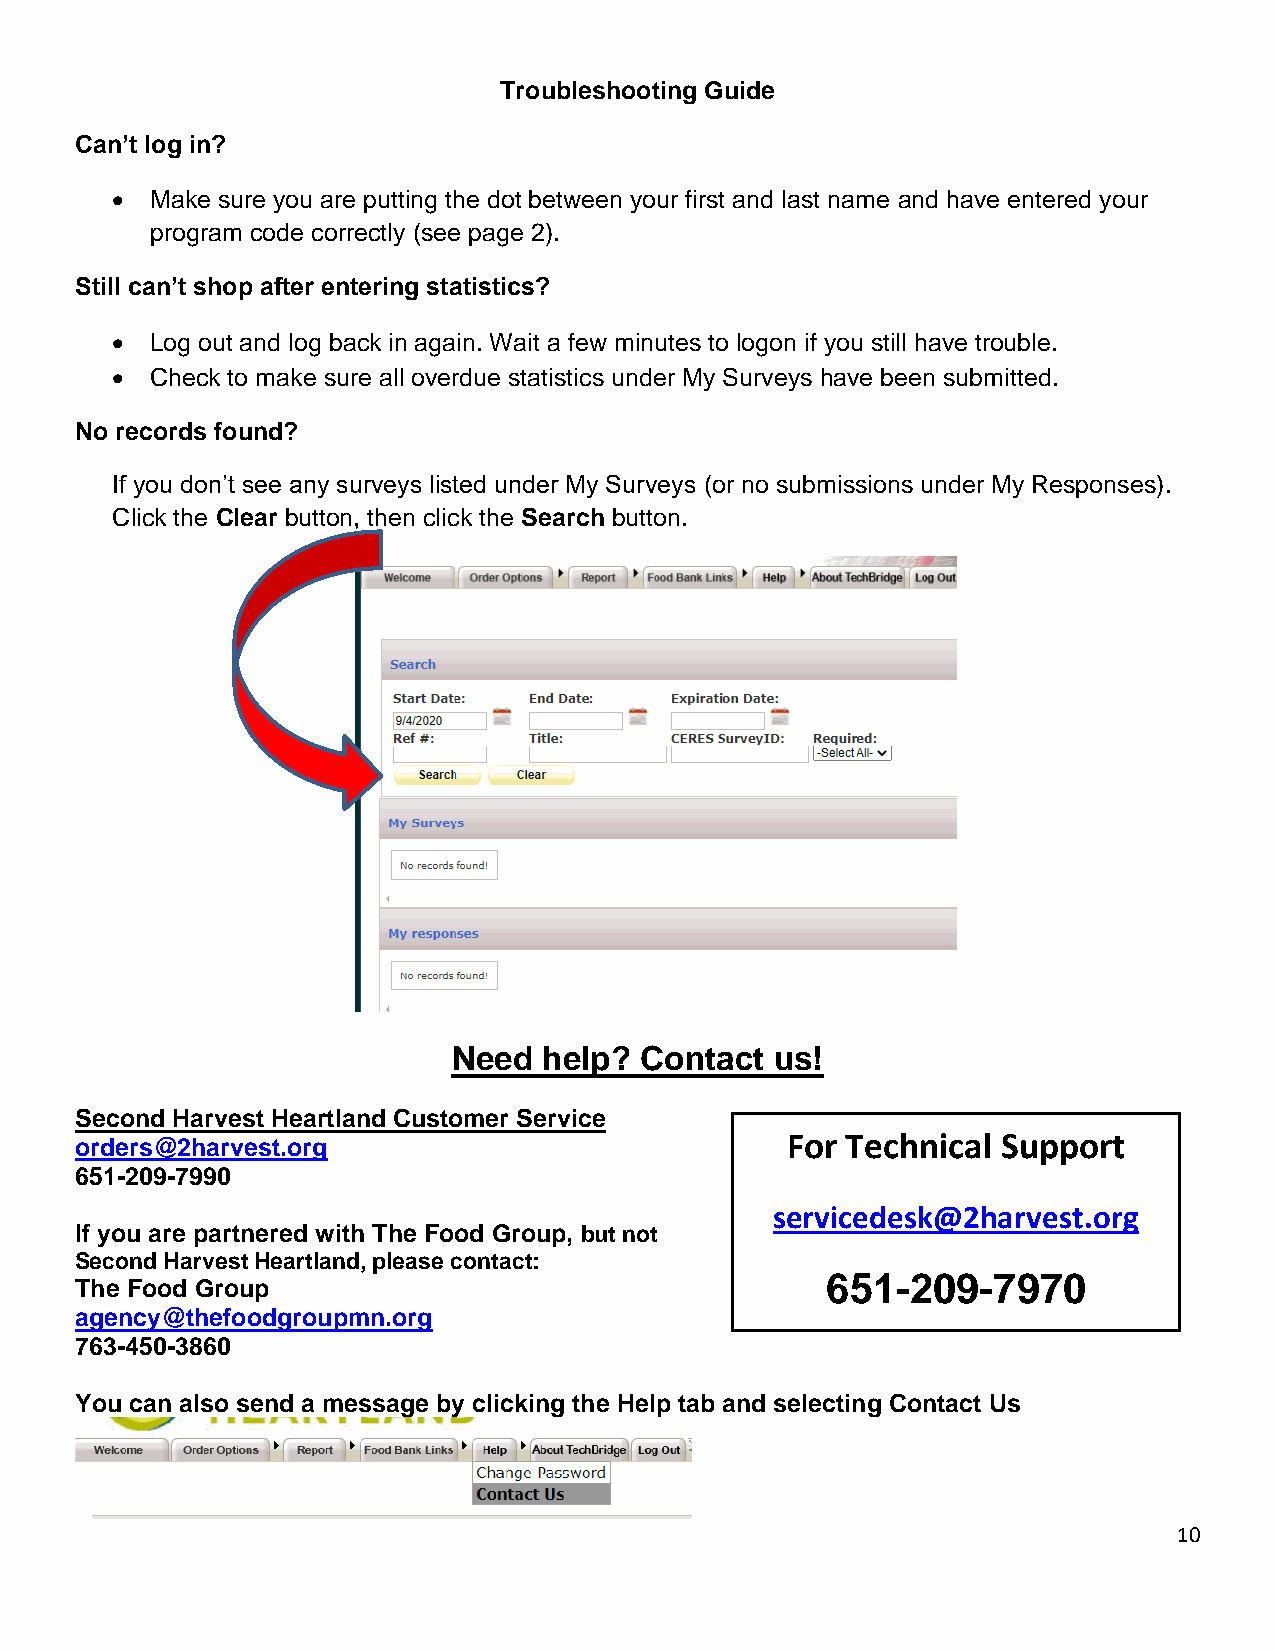
Troubleshooting Guide
 Can’t log in?
 •  Make sure you are putting the dot between your first and last name and have entered your
 program code correctly (see page 2).
 Still can’t shop after entering statistics?
 •  Log out and log back in again. Wait a few minutes to logon if you still have trouble.
 •  Check to make sure all overdue statistics under My Surveys have been submitted.
 No records found?
 If you don’t see any surveys listed under My Surveys (or no submissions under My Responses).
 Click the Clear button, then click the Search button.
 Need  help? Contact  us!
 Second Harvest Heartland Customer Service
 orders@2harvest.org                            For Technical Support
 651-209-7990
 servicedesk@2harvest.org
 If you are partnered with The Food Group, but not
 Second Harvest Heartland, please contact:
 The Food Group
 651-209-7970
 agency@thefoodgroupmn.org
 763-450-3860
 You can also send a message by clicking the Help tab and selecting Contact Us
 10